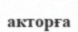
акторға